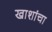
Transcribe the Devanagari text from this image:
खाशांचा